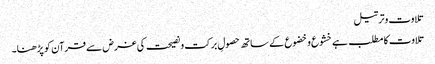
تلاوت وترتیل
تلاوت کا مطلب ہے خشوع وخضوع کے ساتھ حصولِ برکت ونصیحت کی غرض سے قرآن کو پڑھنا۔